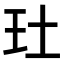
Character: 𤣰